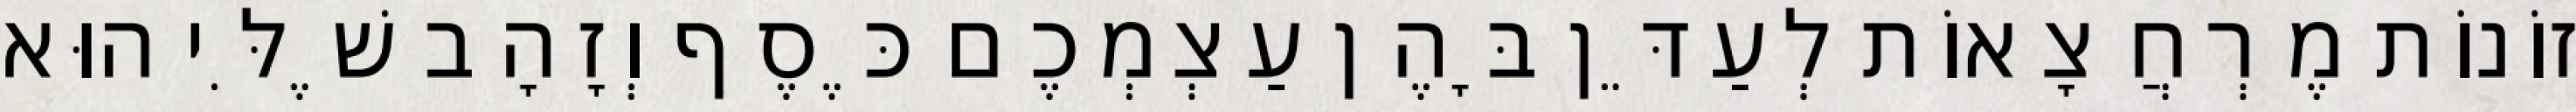
זוֹנוֹת מֶרְחֲצָאוֹת לְעַדֵּן בָּהֶן עַצְמְכֶם כֶּסֶף וְזָהָב שֶׁלִּי הוּא